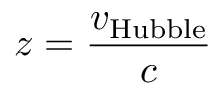
z = { \frac { v _ { \mathrm { H u b b l e } } } { c } }